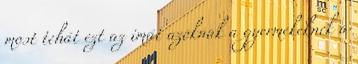
most tehát ezt az imát azoknak a gyermekeknek a